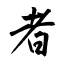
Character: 者